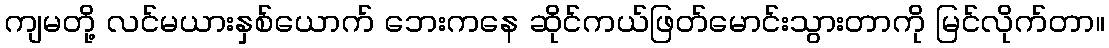
ကျမတို့ လင်မယားနှစ်ယောက် ဘေးကနေ ဆိုင်ကယ်ဖြတ်မောင်းသွားတာကို မြင်လိုက်တာ။